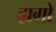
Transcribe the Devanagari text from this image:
ह्यगो